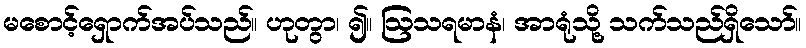
မစောင့်ရှောက်အပ်သည်။ ဟုတွာ၊ ၍။ ဩသရမာနံ၊ အာရုံသို့ သက်သည်ရှိသော်။